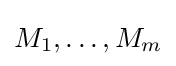
M_{1},\dots ,M_{m}